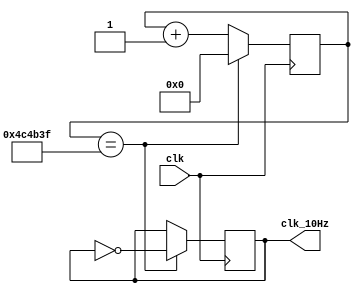
`timescale 1ns / 1ps

module tenHz_gen(
    input clk,
    output clk_10Hz
    );
    
    reg [22:0] ctr_reg = 0; // 23 bits to cover 5,000,000
    reg clk_out_reg = 0;
    
    always @(posedge clk)begin
        
        
            if(ctr_reg == 4_999_999) begin  // 100MHz / 10Hz / 2 = 5,000,000
                ctr_reg <= 0;
                clk_out_reg <= ~clk_out_reg;
            end
            else
                ctr_reg <= ctr_reg + 1;
    
    
    
    end

    assign clk_10Hz = clk_out_reg;

    
endmodule